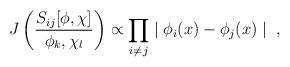
LaTeX: \begin{align*}J\left(\frac{S_{ij}[\phi, \chi]}{\phi_{k}, \chi_{l}}\right) \propto\prod_{i\neq j}\mid \phi_i(x) - \phi_j(x) \mid~,\end{align*}